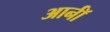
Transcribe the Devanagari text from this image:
आर्नॉ